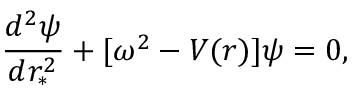
\frac { d ^ { 2 } \psi } { d r _ { * } ^ { 2 } } + [ \omega ^ { 2 } - V ( r ) ] \psi = 0 ,